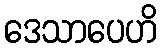
ဒေသာပေဟိ